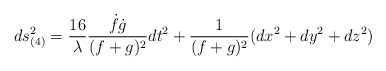
\begin{align*}ds_{(4)}^2=\frac{16}{\lambda}\frac{\dot{f}\dot{g}}{(f+g)^2}dt^2+\frac{1}{(f+g)^2}(dx^2+dy^2+dz^2)\end{align*}